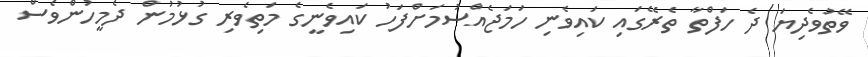
ވޭތުވެދިޔަ ދެ ހަފްތާ ތެރޭގައި ކައިވެނި ހަމަޖެއްސުމަށްފަހު ކައިވެނީގެ މަތިވެރި ގުޅުމުން ދެމީހުންވެސް